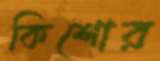
কিশোর